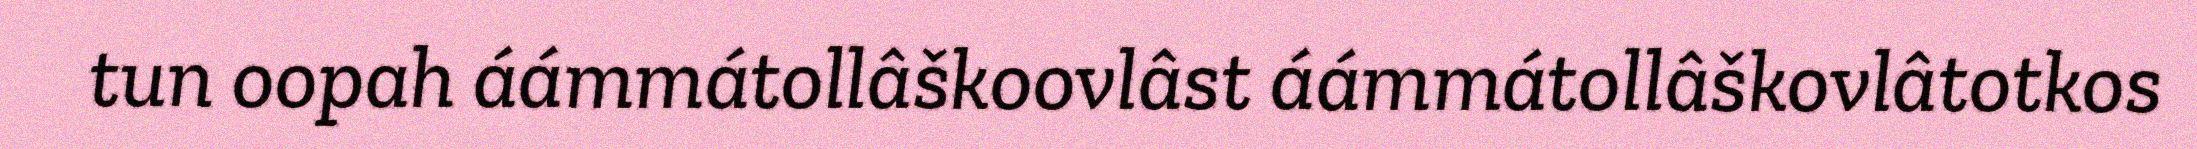
tun oopah áámmátollâškoovlâst áámmátollâškovlâtotkos